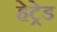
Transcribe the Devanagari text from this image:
हेट्रेड